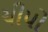
ચીપો